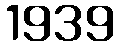
1939